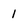
Character: 1